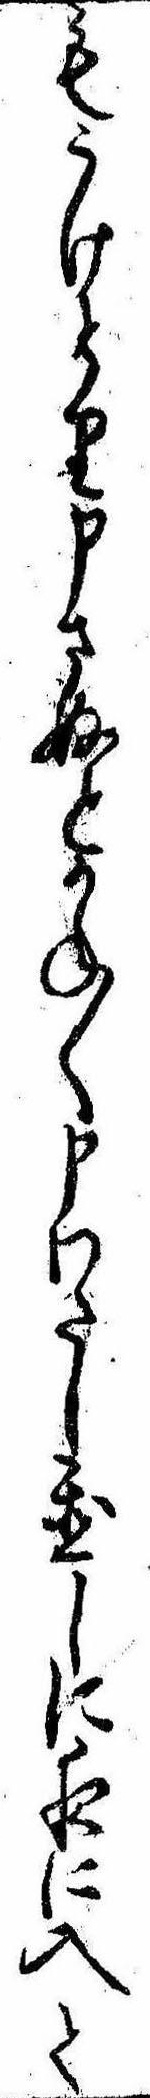
もうけとり申さぬとかね〱申わたし置しに夜に入て